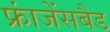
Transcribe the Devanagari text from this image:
फ्रांजेंसबैड